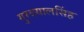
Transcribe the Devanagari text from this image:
गुरदयालसिंह